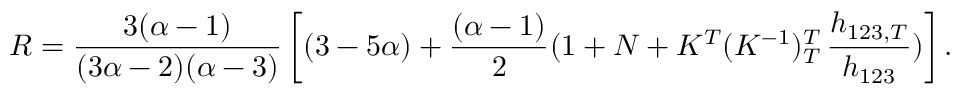
R = \frac { 3 ( \alpha - 1 ) } { ( 3 \alpha - 2 ) ( \alpha - 3 ) } \left[ ( 3 - 5 \alpha ) + \frac { ( \alpha - 1 ) } { 2 } ( 1 + N + K ^ { T } ( K ^ { - 1 } ) _ { T } ^ { T } \, \frac { h _ { 1 2 3 , T } } { h _ { 1 2 3 } } ) \right] .